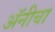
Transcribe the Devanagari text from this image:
अॅनीचा